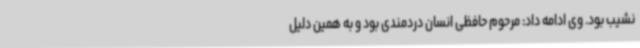
نشیب بود. وی ادامه داد: مرحوم حافظی انسان دردمندی بود و به همین دلیل